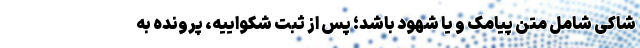
شاکی شامل متن پیامک و یا شهود باشد؛ پس از ثبت شکواییه، پرونده به